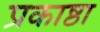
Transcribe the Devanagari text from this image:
प्रकाष्ठा